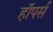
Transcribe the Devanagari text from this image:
हॉपर्स